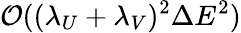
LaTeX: \mathcal{O}((\lambda_{U}+\lambda_{V})^{2}\Delta E^{2})